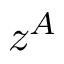
z ^ { A }